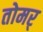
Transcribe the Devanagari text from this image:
तोमर्